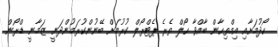
ހޯދުމަށާއި އިމްތިހާން ބާއްވާ ހޯލް ތެރެ ޕެޓްރޯލް ކުރުމަށް ބޭނުންކުރަމުންދަނީ ޒަމާނީ ޑްރޯން